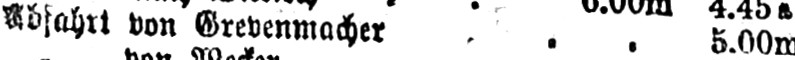
von Grevenmacher ... 5.00m